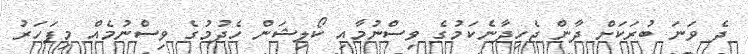
ދެ ވަނަ ބުރަކަށް ދާން ޖެހިދާނެކަމުގެ ވިސްނުމާއި ކޯލިޝަން ހެދުމުގެ ވިސްނުމެއް މިފަހަރު